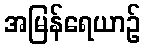
အမြန်ရေယာဉ်